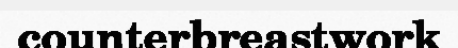
counterbreastwork